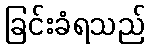
ခြင်းခံရသည်